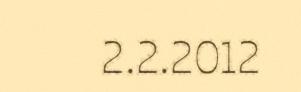
2.2.2012